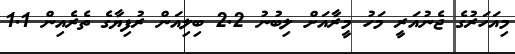
މިއަހަރުގެ ޖެނުއަރީ މަހު މީރާއަށް ލިބުނު 2.2 ބިލިއަން ރުފިޔާގެ ތެރެއިން 1.1